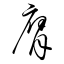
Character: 膺